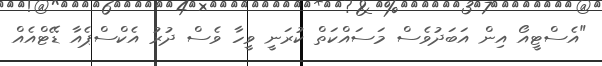
"އެސްޓީއޯ އިން އަބަދުވެސް މަސައްކަތް ކުރަނީ ވީހާ ވެސް ދުރު އެކްސްޕެއާ ޑޭޓްއެއް